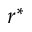
r ^ { * }